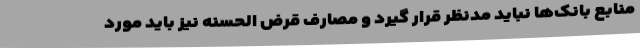
منابع بانک‌ها نباید مدنظر قرار گیرد و مصارف قرض الحسنه نیز باید مورد